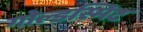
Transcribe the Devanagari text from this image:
गोल्डस्मिट